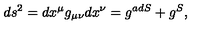
d s ^ { 2 } = d x ^ { \mu } g _ { \mu \nu } d x ^ { \nu } = g ^ { a d S } + g ^ { S } ,